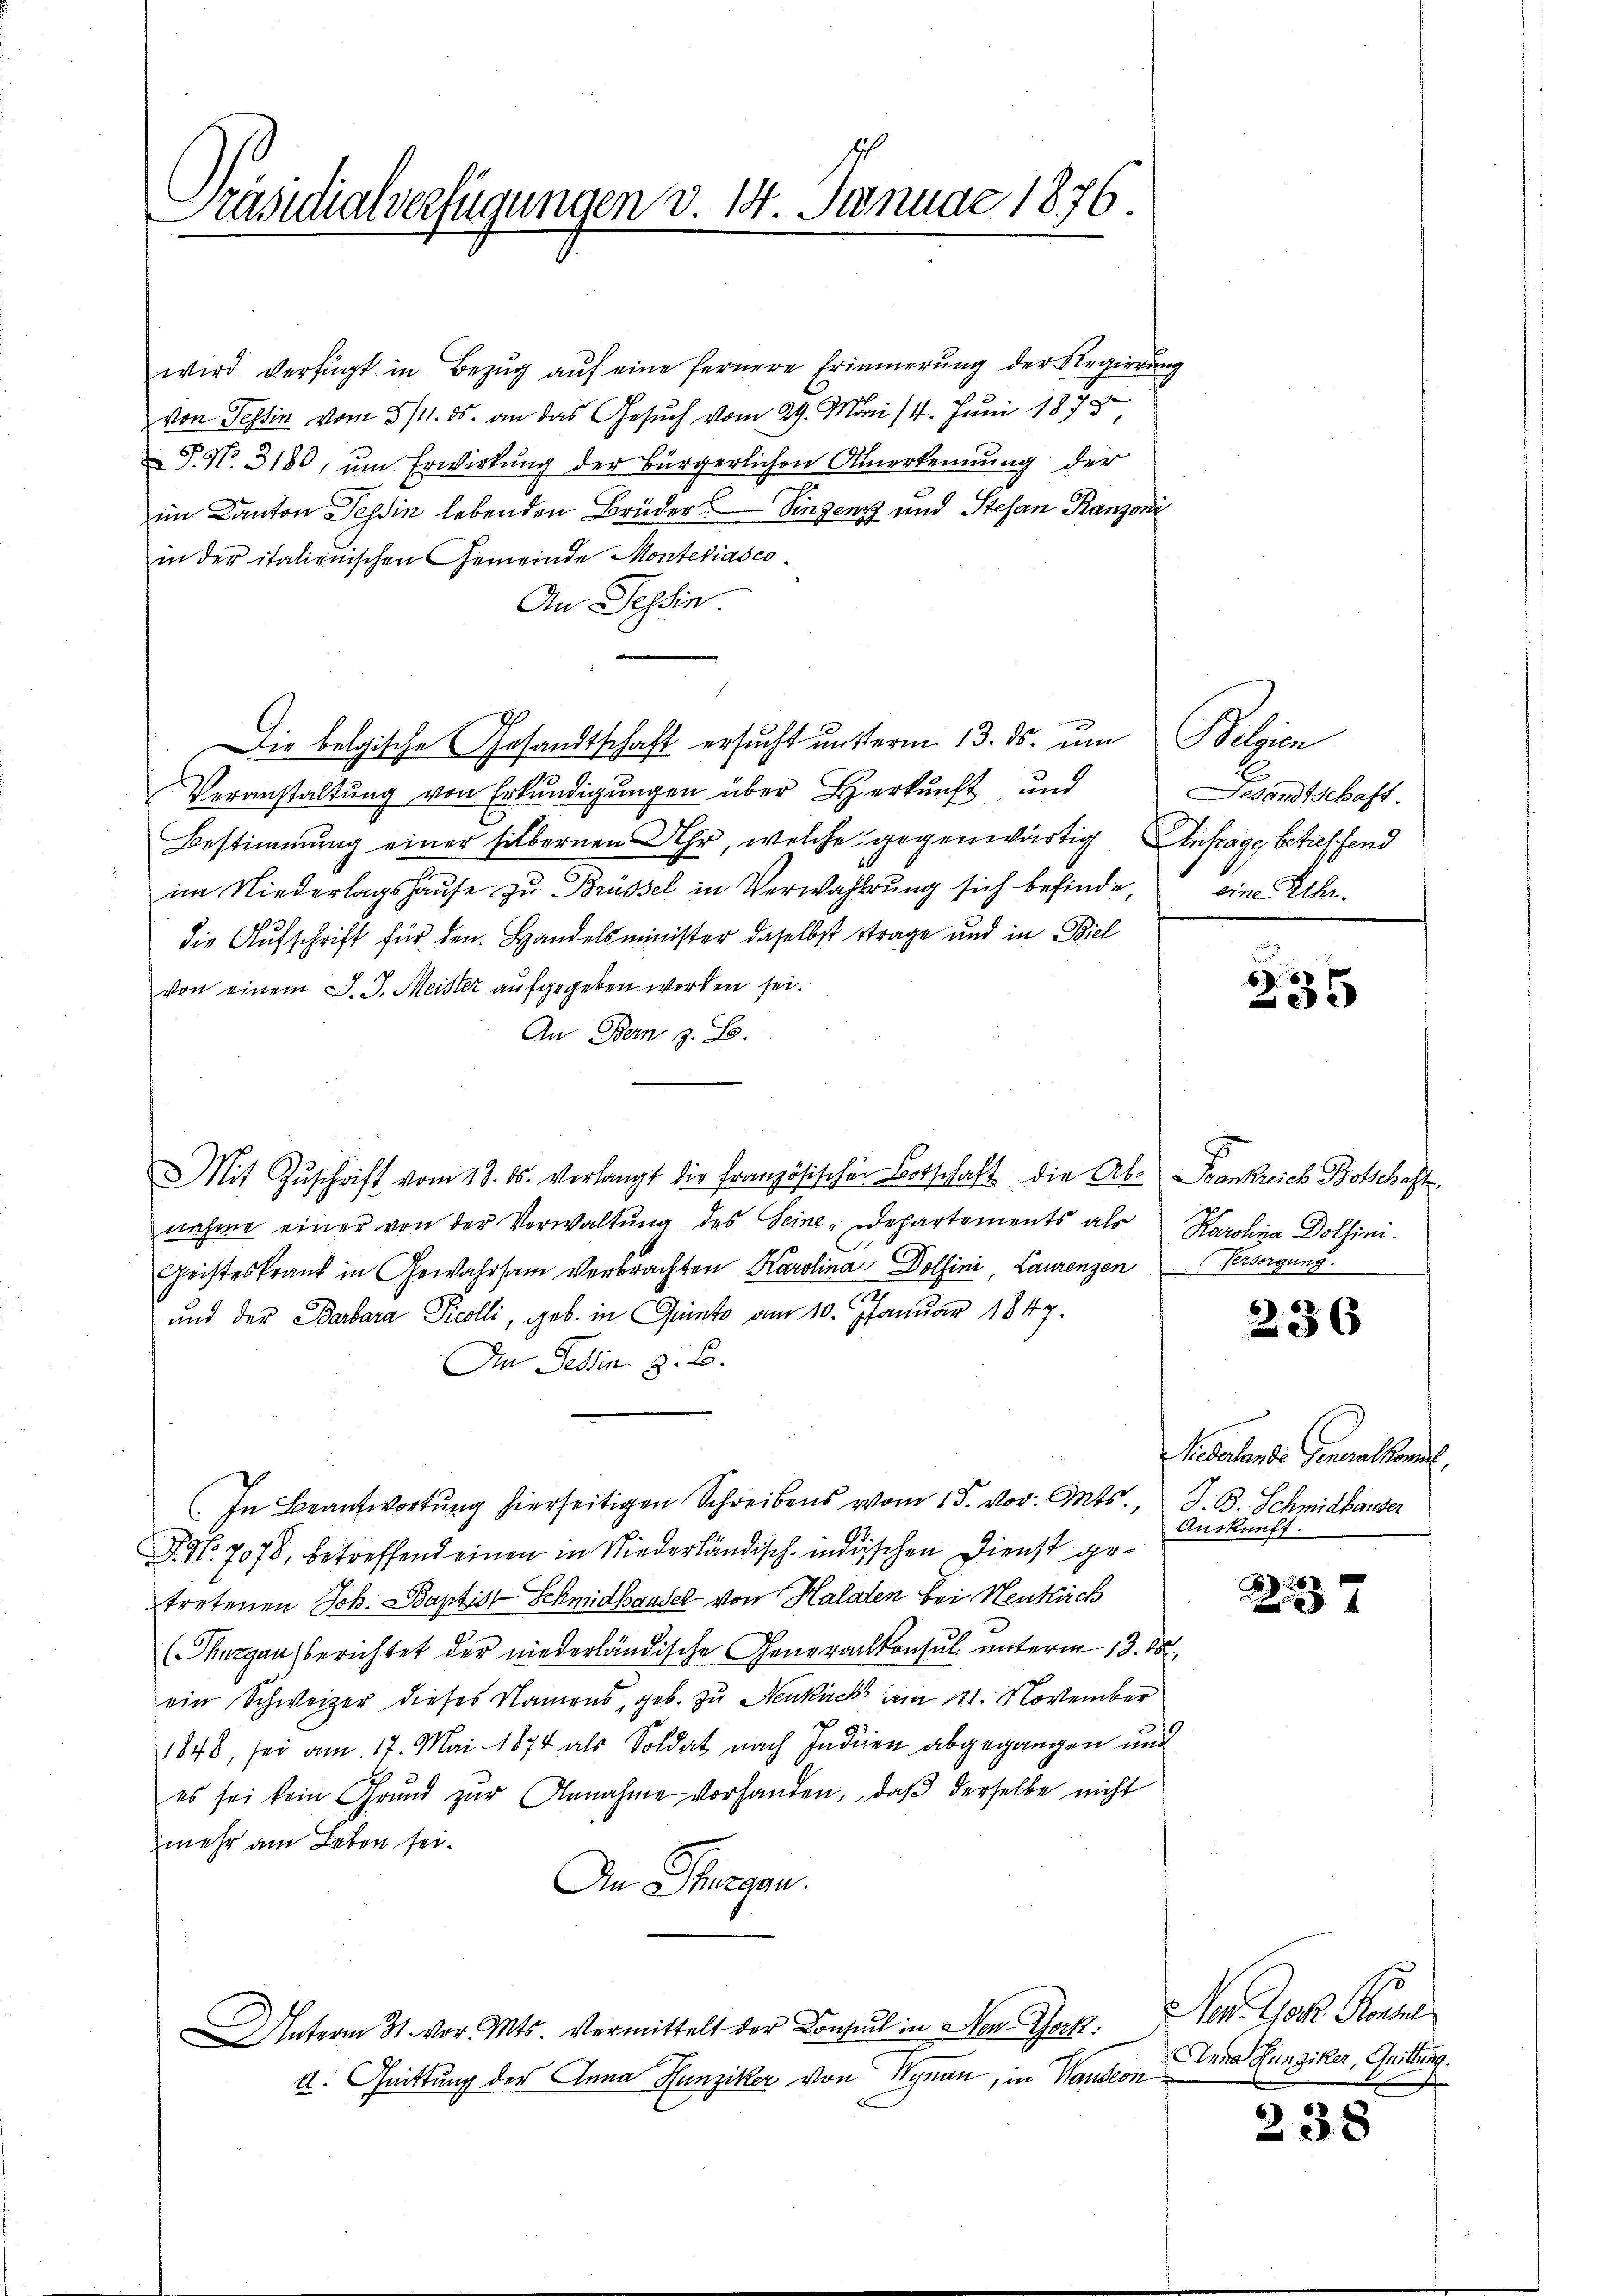
Präsidialverfügungen v. 14. Januar 1876.

wird verfügt in Bezŭg aŭf eine fernere Erinnerung der Regierung
von Tessin vom 8/11. ds. an das Gesuch vom 29. Mai 14. Juni 1878,
P. No. 3180, um Erwirkung der bürgerlichen Anerkennung der
im Canton Tessin lebenden Brüder Singen und Stefan Ranzoni
in der italienischen Gemeinde Monteriasco
An Tessin
Die belgische Gesandtschaft ersucht unterm 13. ds. um Belgien
Veranstaltung von Erkundigungen über Herkunft und
Bestimmung einer silbernen Uhr, welche gegenwärtig Anfrage betreffend
im Niederlagshaŭse zu Brüssel in Verwahlŭng sich befinde, eine Lehr-
die Aufschrift für den Handelsminister daselbst strage und in Biel
von einem J. J. Meister aufgegeben worden sei.
An Bern z. B.
Mit Zŭschrift vom 13. ds. verlangt die Französischer Botschaft die Ab- Frankreich Botschaft
nahme einer von der Verwaltung des Seine Departements als Karolina Dolsini.
Geisteskrank in Gewahrsam verbrachten Karolina Dollini, Laurenzen Persorgung.
n
und der Barbara Picolli, geb. in Quinte am 10. Januar 1847.
In Tessin. z. B.
In Beantwortung hierseitigen Schreibens vom 15. vor. Mts., J. B. Schmidbander
9fr. 7078, betreffend einen in Niederländisch-indischen Dienst getretenen Joh. Baptist Schmidhausel von Halden bei Neuküch
(Thurgau berichtet der niederländische Generalkonsul unterm 13. 15
ein Schweizer dieses Namens, geb. zu Neukirch am 21. November
1848, sei am 17. Mai 1874 als Soldat nach Indien abgegangen und
es sei kein Grŭnd zŭr Annahme vorhanden, daβ derselbe nicht
mehr am Leben sei.
An Thurgau.
nterm 31. vor. Mts. Vermittelt der Consul in Hen-Gerk.
d. Quittung der Anna Hunziker von Wynau, in Hausern

esandtschaft.

n
235

236

Sieberlande Generalkommel,
Auskunft.

6
x

Ns. der Konse
Anna Kunziker, Quittung.

238